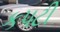
કપટી